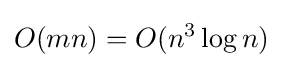
O(mn)=O(n^{3}\log n)